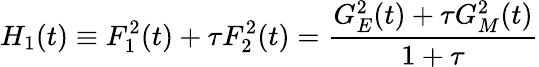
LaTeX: H_{1}(t)\equiv F_{1}^{2}(t)+\tau F_{2}^{2}(t)=\frac{G_{E}^{2}(t)+\tau G_{M}^{2}(t)}{1+\tau}